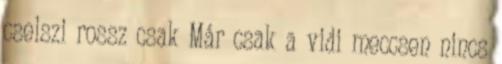
cselszi rossz csak Már csak a vidi meccsen nincs